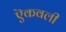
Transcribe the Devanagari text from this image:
ऎकवली